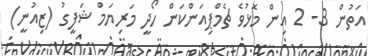
އަތުން 3- 2 އިން މޮޅުވެ ޗެމްޕިއަންކަން ހޯދީ މަރިޔަމް ޝަފީގު (ޒިއުނީ)